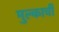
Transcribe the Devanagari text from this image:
मुल्काची